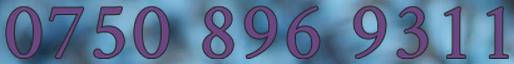
0750 896 9311